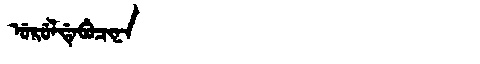
Manchu: ᡠᡵᡠᠯᡩᡝᠪᡠᠴᡳᠨᠠ
Romanization: URULDEBUCINA